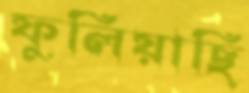
ফুলিয়াছি